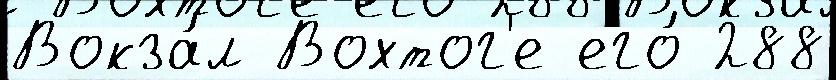
Вокза́л Вохтог'е его́ 288